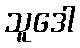
သူဒေါ